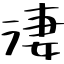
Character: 淒